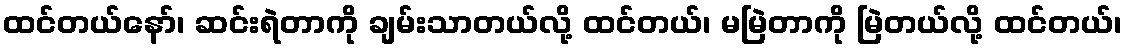
ထင်တယ်နော်၊ ဆင်းရဲတာကို ချမ်းသာတယ်လို့ ထင်တယ်၊ မမြဲတာကို မြဲတယ်လို့ ထင်တယ်၊